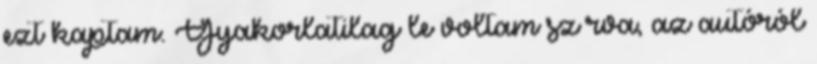
ezt kaptam. Gyakorlatilag le voltam sz rva, az autóról